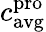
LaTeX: c_{\mathrm{avg}}^{\mathrm{pro}}